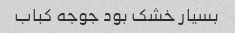
بسیار خشک بود جوجه کباب